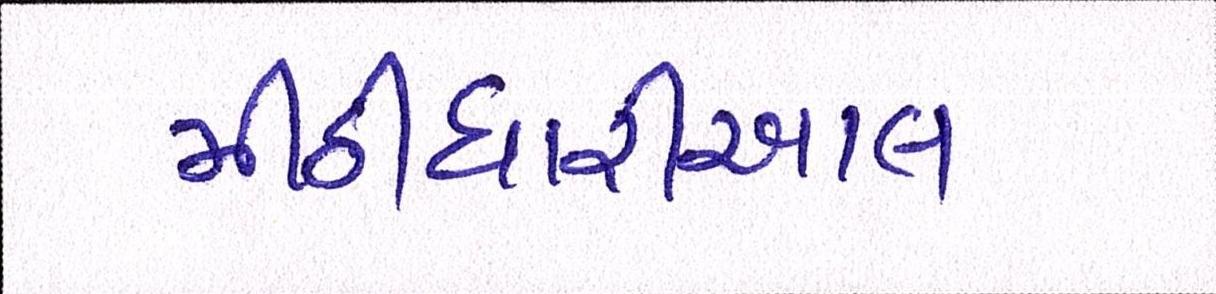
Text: મીઠીઘારીઆલ